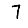
Digit: 7